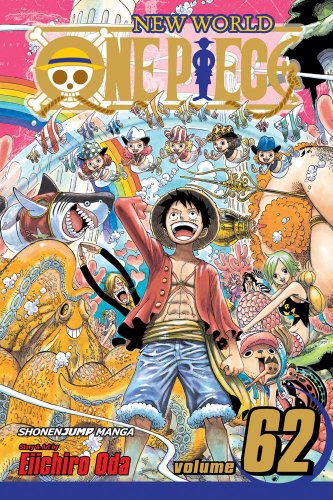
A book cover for One Piece, Vol. 62; Eiichiro Oda; Comics & Graphic Novels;